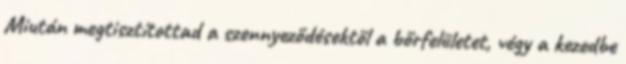
Miután megtisztítottad a szennyeződésektől a bőrfelületet, végy a kezedbe